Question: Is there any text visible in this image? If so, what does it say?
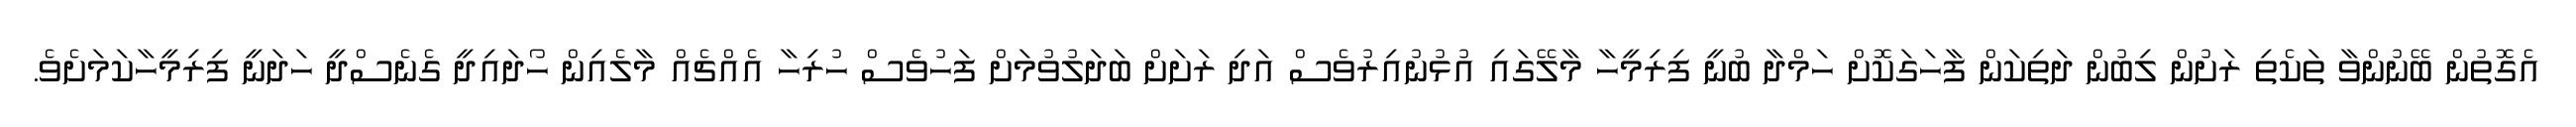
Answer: އެގޮތުން ބޭނުންވާ ތަކެތި ރަށުން ލިބުން ދަތިކަން ފާހަގަކޮށް ހަމްދާ ބުނީ ފިރިމީހާ މާލޭގައި އުޅުނުއިރުވެސް އަދި ރަށަށް ބަދަލުވުމަށް ފަހުވެސް ހުރިހާ އެއްޗެއް މާލެއިން ހޯދައިދީ ގެނެސްދީ ހަދަނީ ފިރިމީހާކަމަށެވެ.